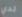
لدي